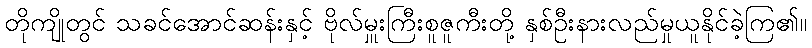
တိုကျိုတွင် သခင်အောင်ဆန်းနှင့် ဗိုလ်မှူးကြီးစူဇူကီးတို့ နှစ်ဦးနားလည်မှုယူနိုင်ခဲ့ကြ၏။